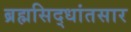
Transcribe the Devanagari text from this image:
ब्रह्मसिद्धांतसार